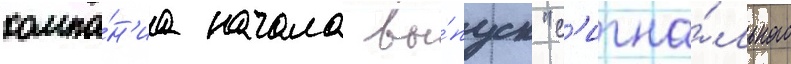
компа́н'иа начала вы́пуск "с'игна́льного